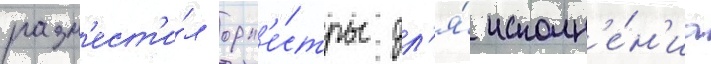
разм'ест'и́л орк'е́стры дл'я́ исполн'е́н'иа